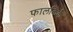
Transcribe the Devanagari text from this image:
फालकिर्क